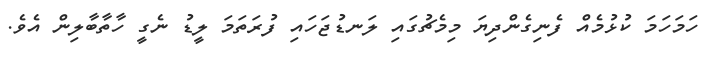
ހަމަހަމަ ކުޅުމެއްް ފެނިގެންދިޔަ މިމެޗުގައި ލަނޑުޖަހައި ފުރަތަމަ ލީޑު ނެގީ ހާތާބާލިން އެވެ.